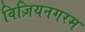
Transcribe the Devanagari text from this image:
विज़ियनगरम